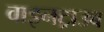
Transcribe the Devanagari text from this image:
वाइनट्राउब